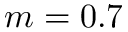
m = 0 . 7